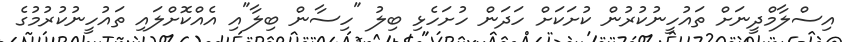
އިސްލާމްދީނަށް ތައުހީނުކުރުން ކުށަކަށް ހަދަން ހުށަހެޅި ބިލު "ހިސާން ބިލާ"އި އެއްކޮށްލައި ތައުހީނުކުރުމުގެ